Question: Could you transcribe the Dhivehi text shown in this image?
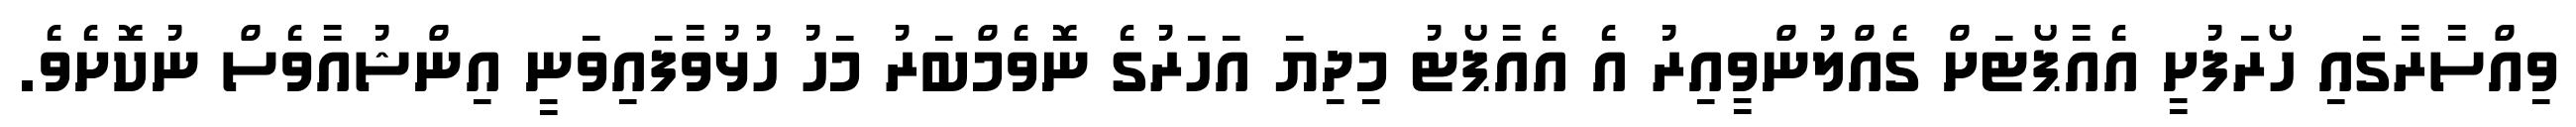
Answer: ވިއްސާރާގައި ހޯރަފުށީ އެއާޕޯޓަށް ގެއްލުންވީއިރު އެ އެއާޕޯޓު މިދިޔަ އަހަރުގެ ނޮވެމްބަރު މަހު ހުޅުވާފައިވަނީ އިންޝުއާވެސް ނުކޮށެވެ.